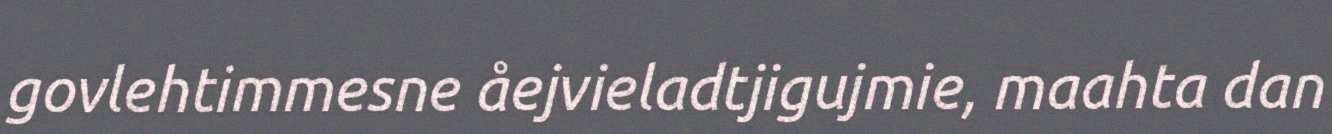
govlehtimmesne åejvieladtjigujmie, maahta dan